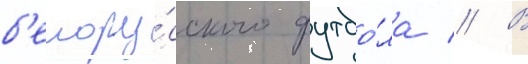
б'елору́сского футбо́ла // В